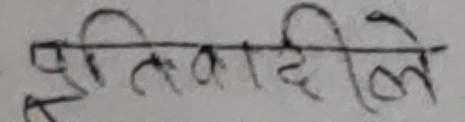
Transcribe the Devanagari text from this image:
सूतिदिलेले